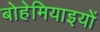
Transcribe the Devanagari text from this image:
बोहेमियाइयों